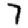
Digit: 7